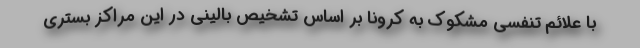
با علائم تنفسی مشکوک به کرونا بر اساس تشخیص بالینی در این مراکز بستری